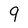
Character: 9